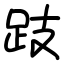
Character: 跂